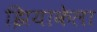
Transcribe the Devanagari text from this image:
झियाकेला